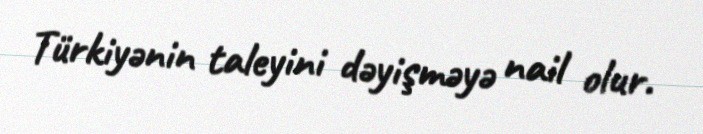
Türkiyənin taleyini dəyişməyə nail olur.